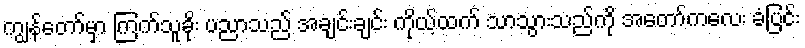
ကျွန်တော်မှာ ကြက်သူခိုး ပညာသည် အချင်းချင်း ကိုယ့်ထက် သာသွားသည်ကို အတော်ကလေး ခံပြင်း